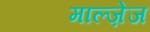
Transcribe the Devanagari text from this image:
माल्ज़ेज